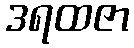
ဒရထဇာ